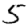
Digit: 5